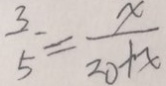
\frac { 3 } { 5 } = \frac { x } { 2 0 + x }